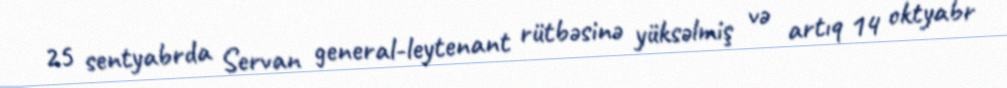
25 sentyabrda Servan general-leytenant rütbəsinə yüksəlmiş və artıq 14 oktyabr